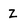
Character: z